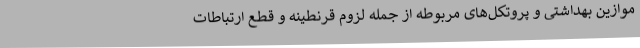
موازین بهداشتی و پروتکل‌های مربوطه از جمله لزوم قرنطینه و قطع ارتباطات